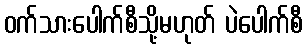
ဝက်သားပေါက်စီသို့မဟုတ် ပဲပေါက်စီ